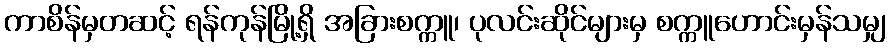
ကာစိန်မှတဆင့် ရန်ကုန်မြို့ရှိ အခြားစက္ကူ၊ ပုလင်းဆိုင်များမှ စက္ကူဟောင်းမှန်သမျှ